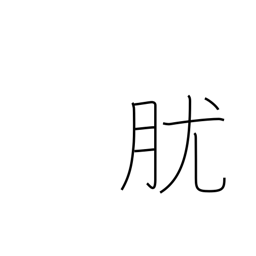
Meaning: papule